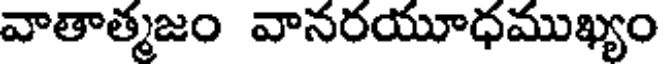
వాతాత్మజం వానరయూధముఖ్యం